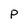
Character: P